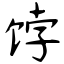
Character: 饽